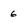
Character: 6